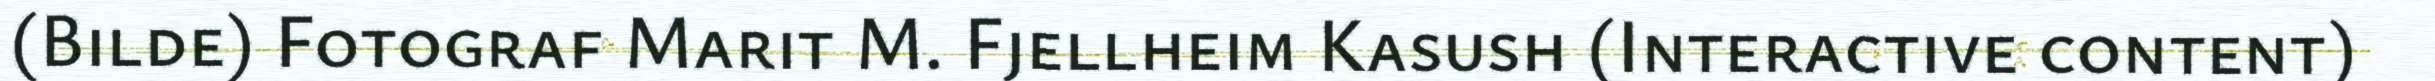
(Bilde) Fotograf Marit M. Fjellheim Kasush (Interactive content)